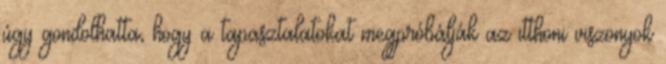
úgy gondolhatta, hogy a tapasztalatokat megpróbálják az itthoni viszonyok